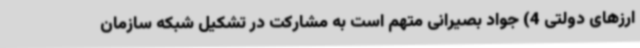
ارزهای دولتی 4) جواد بصیرانی متهم است به مشارکت در تشکیل شبکه سازمان